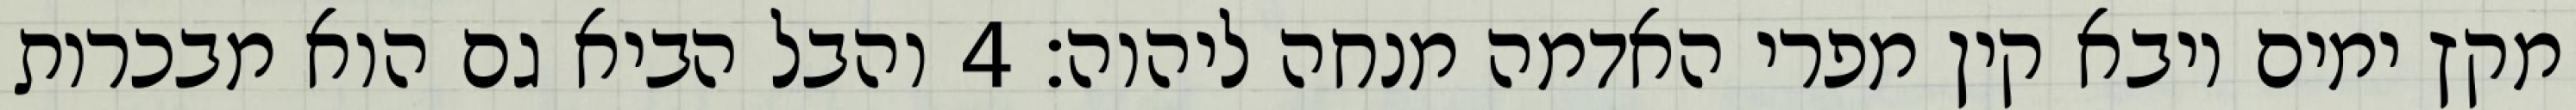
מקץ ימים ויבא קין מפרי האדמה מנחה ליהוה׃ ‎4‏ והבל הביא גם הוא מבכרות